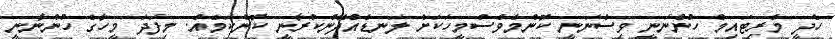
ހެދީ މެރިޓައިމް ހުންނަނީ ވިސްނަނީ ކޮންމެވެސްމީހަކަށް ލަނޑެއްދޭންކުރާނީ ކޮންކަމެއް. މިފަދަ މީހާގެ ހުންނާނީ